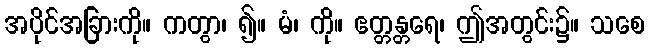
အပိုင်အခြားကို။ ကတွာ၊ ၍။ မံ၊ ကို။ ဧတ္တန္တရေ၊ ဤအတွင်း၌။ သစေ